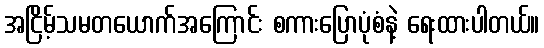
အငြိမ့်သမတယောက်အကြောင်း စကားပြောပုံစံနဲ့ ရေးထားပါတယ်။